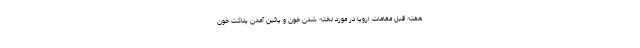
هفته قبل مقامات اروپا در مورد لخته شدن خون و پائین آمدن پلاکت خون